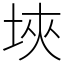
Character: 埉